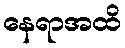
နေရာအထိ